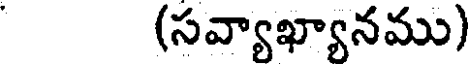
(సవ్యాఖ్యానము)